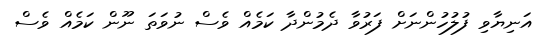
އަނިޔާވި ފުލުހުންނަށް ފަރުވާ ދެމުންދާ ކަމެއް ވެސް ނުވަތަ ނޫން ކަމެއް ވެސް